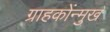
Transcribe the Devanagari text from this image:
ग्राहकोंन्‍मुख